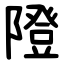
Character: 隥